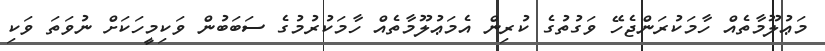
މަޢުލޫމާތެއް ހާމަކުރަންޖެހޭ ވަގުތުގެ ކުރިން އެމަޢުލޫމާތެއް ހާމަކުރުމުގެ ސަބަބުން ވަކިމީހަކަށް ނުވަތަ ވަކި